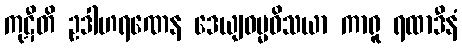
ကုဋီတိ ဥဒါဟရဏေန ဒေယျဓမ္မဝိသယာ ကာရူ ရထာဒီနံ